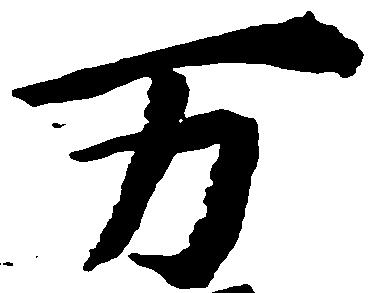
万